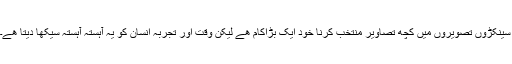
سینکڑوں تصویروں میں کچھ تصاویر منتخب کرنا خود ایک بڑاکام ھے لیکن وقت اور تجربہ انسان کو یہ آہستہ آہستہ سیکھا دیتا ھے۔